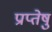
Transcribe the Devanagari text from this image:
प्राप्तेषु